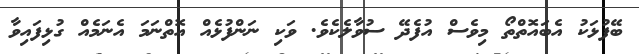
ބޭފުޅަކު އެބައޮތްތޯ މިވެސް އުފެދޭ ސުވާލެކެވެ. ވަކި ނަންފުޅެއް އޮތްނަމަ އެނަމެއް ގުޅިފައިވާ